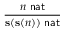
\frac { n \, \, { \mathsf { n a t } } } { \mathbf { s ( s ( } n \mathbf { ) ) } \, \, { \mathsf { n a t } } }